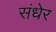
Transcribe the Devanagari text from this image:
संधेर